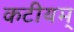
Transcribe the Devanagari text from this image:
कटीयम्